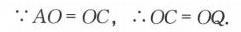
\(\because AO = OC\)，\(\therefore OC = OQ\).